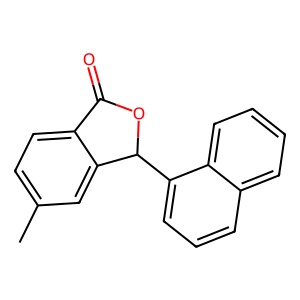
SMILES: Cc1ccc2c(c1)C(c1cccc3ccccc13)OC2=O
Inhibits HIV replication: No